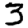
Digit: 3